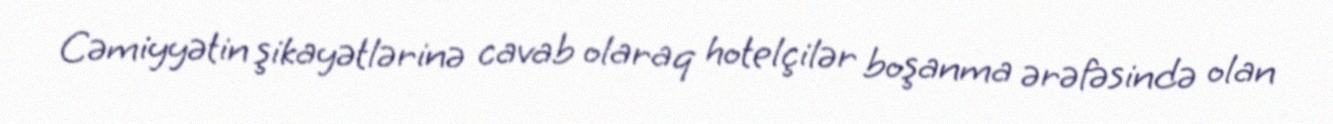
Cəmiyyətin şikayətlərinə cavab olaraq hotelçilər boşanma ərəfəsində olan